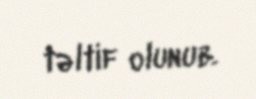
təltif olunub.